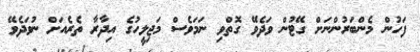
ފަހުން މެންބަރުންނަށް ގޭޓުން ވަދެވޭ ގޮތްވި ނަމަވެސް މަޖިލީހުގެ އިދާރާ ތެރެއަށް ނުވަދެވޭ